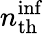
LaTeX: n_{\mathrm{th}}^{\mathrm{inf}}